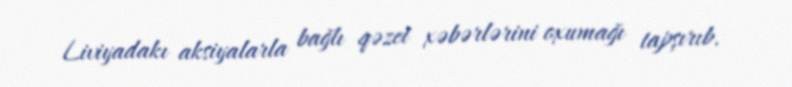
Liviyadakı aksiyalarla bağlı qəzet xəbərlərini oxumağı tapşırıb.